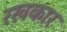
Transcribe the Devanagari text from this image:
रखकार